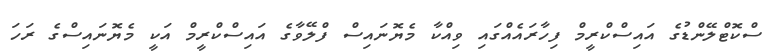
ސްކޮޓްލޭންޑުގެ އައިސްކްރީމް ފިހާރައެއްގައި ވިއްކާ މެޔޮނައިސް ފްލޭވާގެ އައިސްކްރީމް އަކީ މެޔޮނައިސްގެ ރަހަ